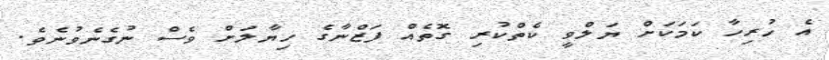
އެ ހުރިހާ ކަމަކަށް ޔަަލްވީ ކެތްކުރި ގޮތެއް ފަޒްނާގެ ހިޔާލަށް ވެސް ނުގެނެވުނެވެ.